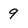
Character: 9